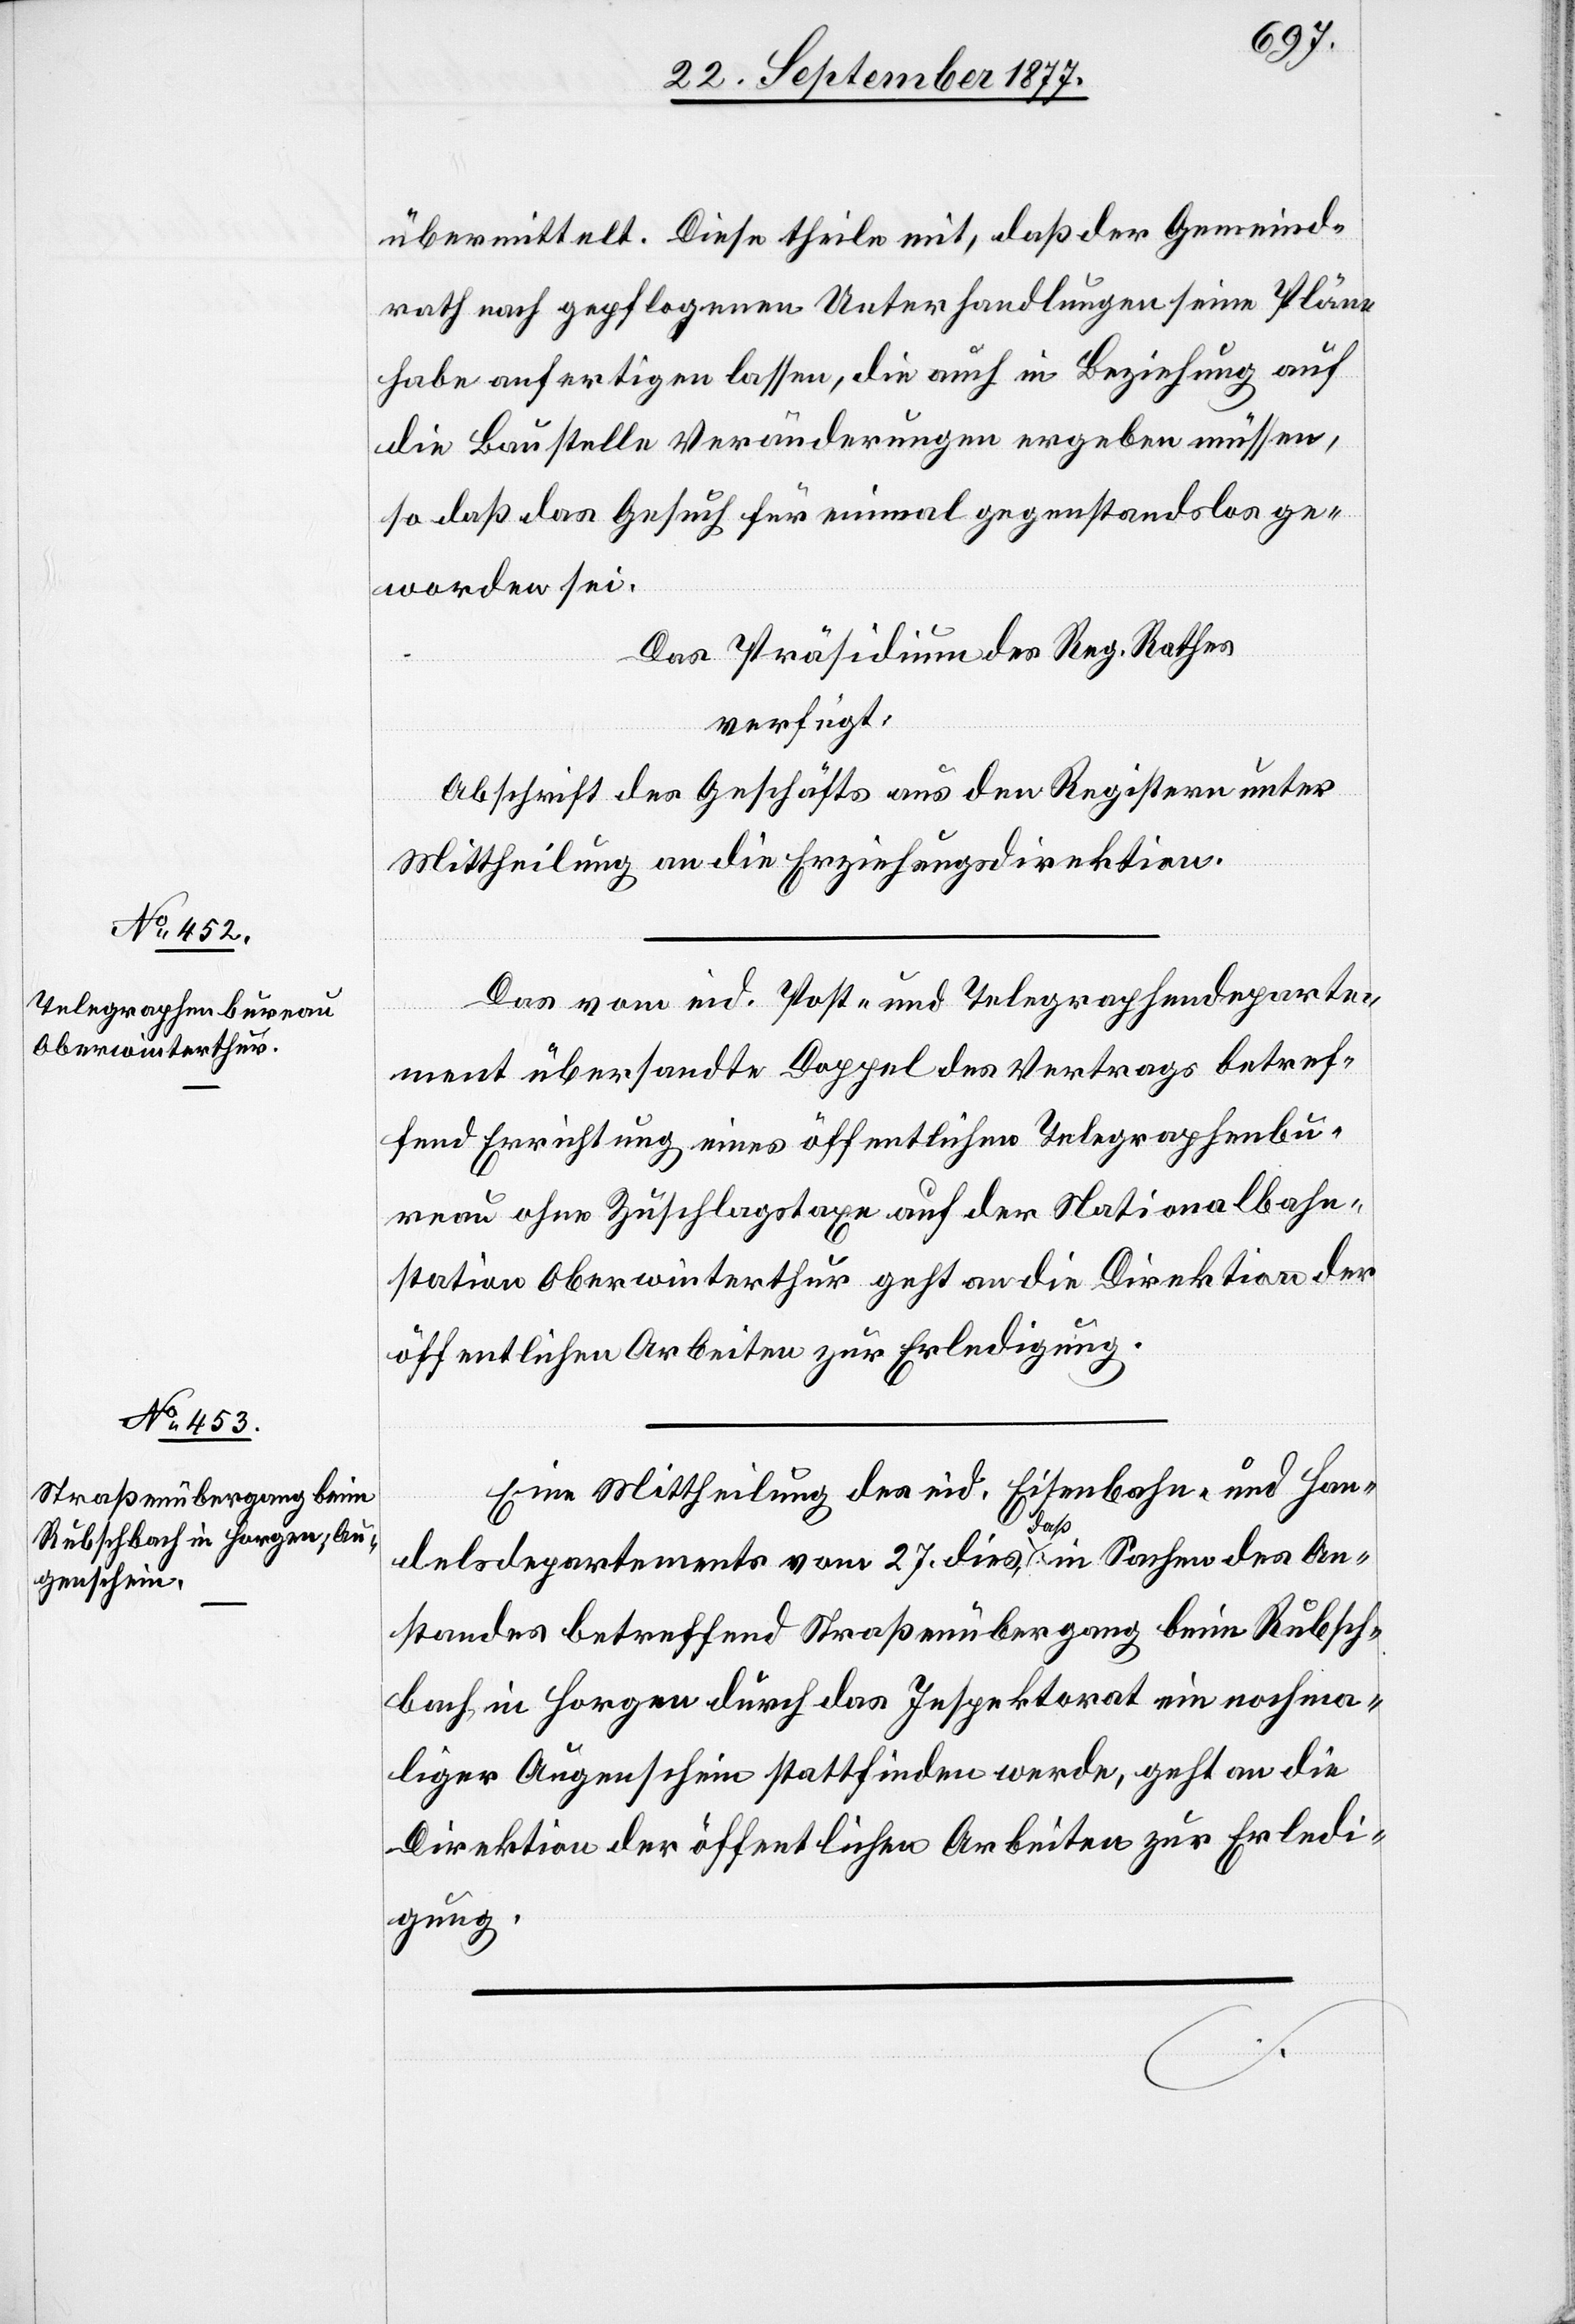
28. September 1877.]
übermittelt. Diese theile mit, daß der Gemeind¬
rath nach gepflogenen Unterhandlungen seine Pläne
habe anfertigen lassen, die auch in Beziehung auf
die Baustelle Veränderungen ergeben müssen,
so daß das Gesuch für einmal gegenstandslos ge¬
worden sei.
Das Präsidium des Reg. Rathes
verfügt:
Abschrift des Geschäfts aus den Registern unter
Mittheilung an die Erziehungsdirektion.
Das vom eid. Post- und Telegraphendeparte¬
ment übersandte Doppel des Vertrags betref¬
fend Errichtung eines öffentlichen Telegraphenbu¬
reau ohne Zuschlagstaxe auf der Nationalbahn¬
station Oberwinterthur geht an die Direktion der
öffentlichen Arbeiten zur Erledigung.
Eine Mittheilung des eid. Eisenbahn- und Han¬
delsdepartements vom 27. dies, daß in Sachen des An¬
standes betreffend Straßenübergang beim Rubsch¬
bach in Horgen durch das Inspektorat ein nochma¬
liger Augenschein stattfinden werde, geht an die
Direktion der öffentlichen Arbeiten zur Erledi¬
gung.